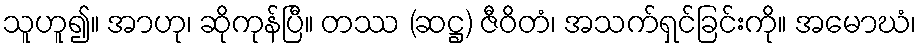
သူဟူ၍။ အာဟု၊ ဆိုကုန်ပြီ။ တဿ (ဆဋ္ဌ) ဇီဝိတံ၊ အသက်ရှင်ခြင်းကို။ အမောဃံ၊